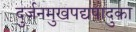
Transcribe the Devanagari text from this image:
दुर्जनमुखपद्यपादुका